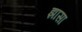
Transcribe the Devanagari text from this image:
झासा